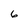
Character: 6